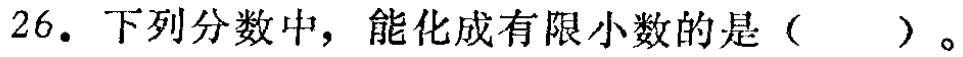
26. 下列分数中，能化成有限小数的是（  ）。